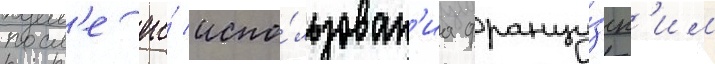
посл'е его́ испо́льзован'иа францу́зск'им